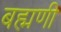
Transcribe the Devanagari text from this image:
बह्मणी